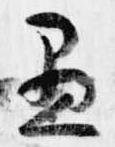
愚